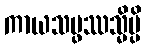
ကာယသမ္ဖဿသ္မိမ္ပိ